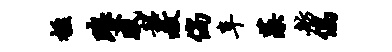
楹琅戚韶赦倘阜藻舫偶